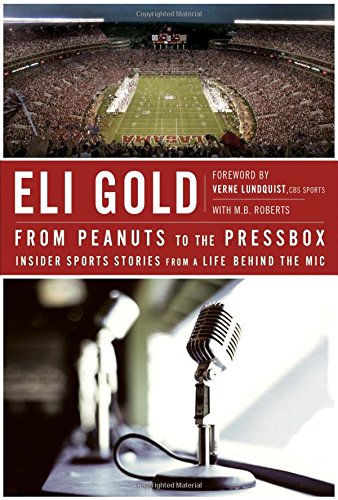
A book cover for From Peanuts to the Pressbox: Insider Sports Stories from a Life Behind the Mic; Eli Gold; Sports & Outdoors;